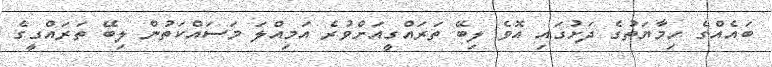
ބައެއްގެ ހިމާޔަތުގެ ދަށުގައި އޮވެ ލިބޭ ތަރައްގީއަށްވުރެ އަމިއްލަ މަސައްކަތުން ލިބޭ ތަރައްގީގެ